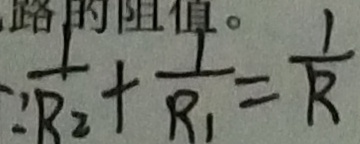
\because \frac { 1 } { R _ { 2 } } + \frac { 1 } { R _ { 1 } } = \frac { 1 } { R }